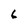
Character: 6